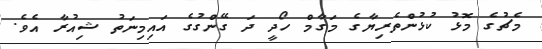
މެޗުގެ މޮޅު ކުޅުންތެރިޔާގެ މަގާމް ހޯދީ ދަ ގޭންގުގެ އައިމިނަތު ޝިއުރާ އެވެ.